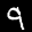
Label: 9